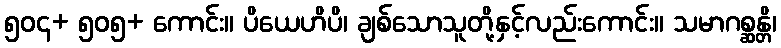
၅၀၄+ ၅၀၅+ ကောင်း။ ပိယေဟိပိ၊ ချစ်သောသူတို့နှင့်လည်းကောင်း။ သမာဂစ္ဆန္တိ၊